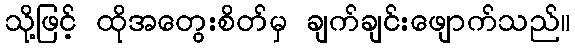
သို့ဖြင့် ထိုအတွေးစိတ်မှ ချက်ချင်းဖျောက်သည်။